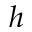
h